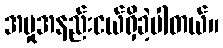
အမှုအနည်းငယ်ရှိခဲ့ပါတယ်။